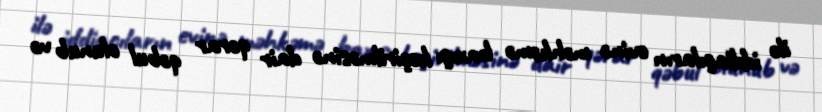
ilə iddiaçıların evinə məhkəmə baxışı keçirilməsinə dair qərar qəbul olunub və